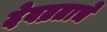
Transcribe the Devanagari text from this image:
देवव्रताचे